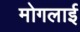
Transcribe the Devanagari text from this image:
मोगलार्इ